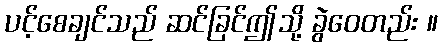
ပင့်စေချင်သည် ဆင်ခြင်ဤသို့ ခွဲဝေတည်း ။